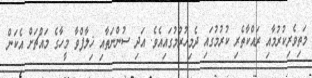
މަތިވެރިކުރުމާއި ރައްކާތެރި ކުރުމުގައި ދެމިހުރުމުގައިއެވެ. އަދި ސުންނަތާއި ޚިލާފްވާ މީހާގެ މައްޗަށް އެކަން